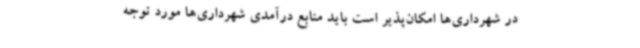
در شهرداری‌ها امکان‌پذیر است باید منابع درآمدی شهرداری‌ها مورد توجه